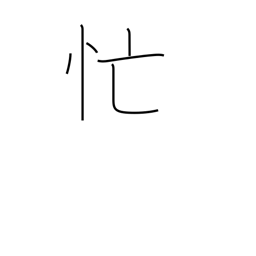
Meaning: busy